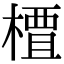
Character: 𫞍